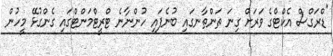
"ޑްރަގްސް އެކްޓްގެ ވަރަށް ގިނަ ތަންތާނގައި ބުނެފައި ހުންނާނެ ޓްރީޓްމަންޓްގައި ގެންގުޅޭ މީހުން